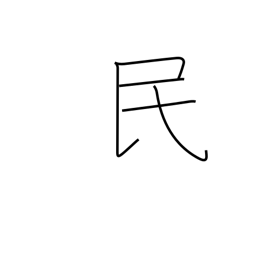
Meaning: nation